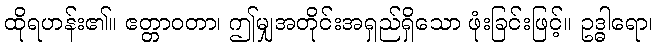
ထိုရဟန်း၏။ ဧတ္တာဝတာ၊ ဤမျှအတိုင်းအရှည်ရှိသော ဖုံးခြင်းဖြင့်။ ဥဒ္ဓါရော၊